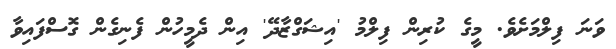
ވަނަ ފިލްމަށެވެ. މީގެ ކުރިން ފިލްމު 'އިޝަގްޒާދޭ' އިން ދެމީހުން ފެނިގެން ގޮސްފައިވާ